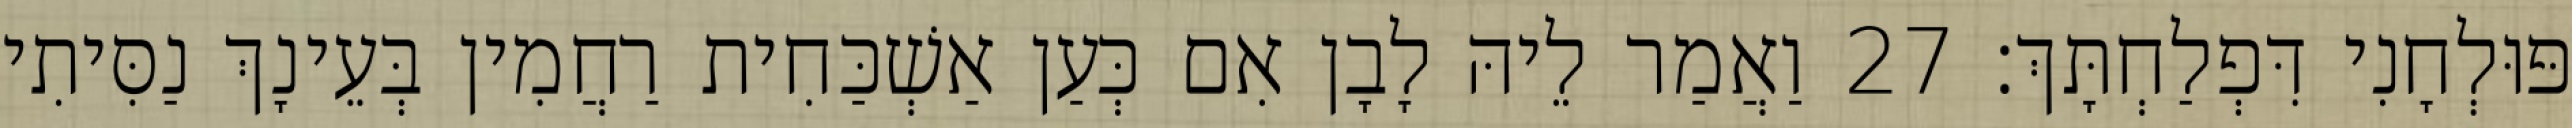
פּוּלְחָנִי דִּפְלַחְתָּךְ׃ 27 וַאֲמַר לֵיהּ לָבָן אִם כְּעַן אַשְׁכַּחִית רַחֲמִין בְּעֵינָךְ נַסִּיתִי